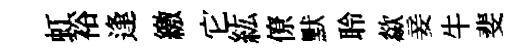
虹裕逢繳它紘僚默聆歘妾牛斐